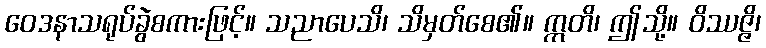
ဝေဒနာသရုပ်ခွဲစကားဖြင့်။ သညာပေသိ၊ သိမှတ်စေ၏။ ဣတိ၊ ဤသို့။ ဝိဿဇ္ဇိ၊